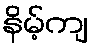
နိမ့်ကျ